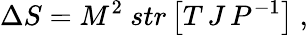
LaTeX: \Delta S=M^{2}\ str\left[T\, J\, P^{-1}\right]\ ,